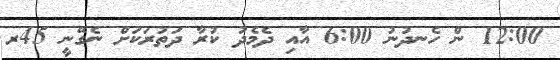
12:00 ން ހެނދުނު 6:00 އާއި ދެމެދު ކުރާ ދަތުރަކަށް ނެގޭނީ 45ރ